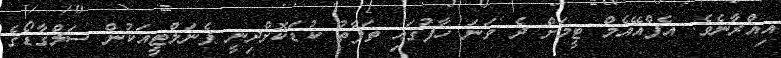
އިއްރާނެވެ. އެފްއޭއެމް ޓީމަށް ދެ ވަނަ ހާފުގައި ތަފާތު ކުޑަކޮށްދިނީ ޕެނަލްޓީއަކުން ސަލްގާޑޯގެ